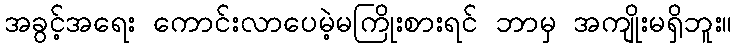
အခွင့်အရေး ကောင်းလာပေမဲ့မကြိုးစားရင် ဘာမှ အကျိုးမရှိဘူး။